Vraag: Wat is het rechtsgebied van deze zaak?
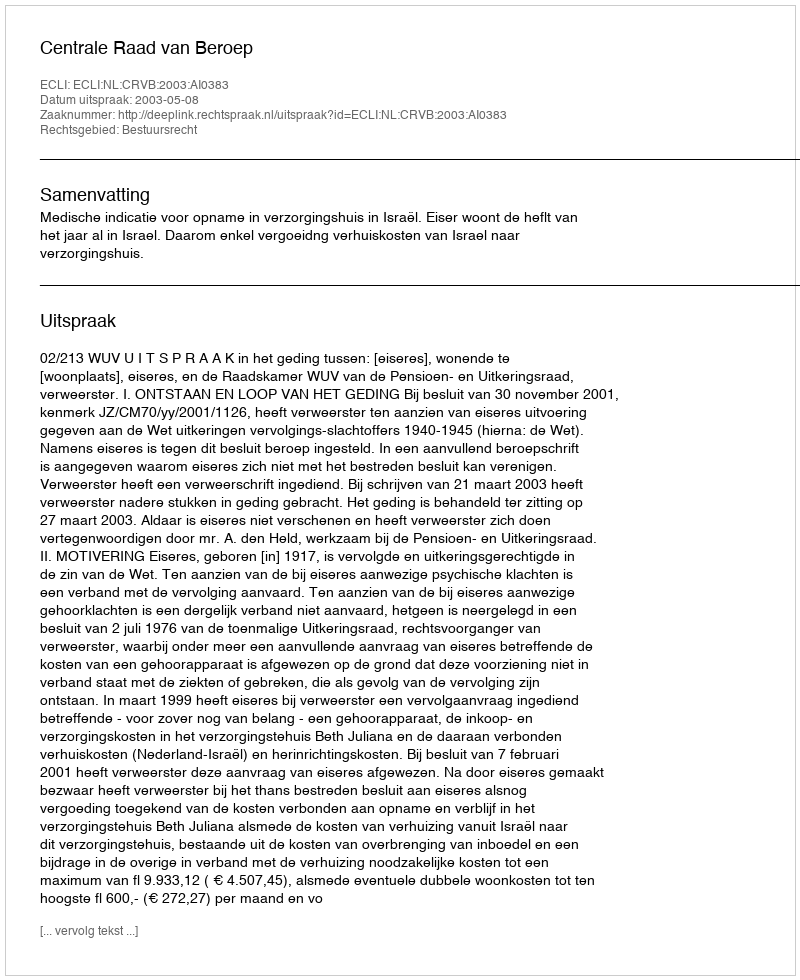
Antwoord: Bestuursrecht